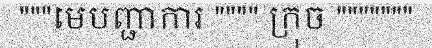
"""មេបញ្ជាការ """" ក្រុច """""""